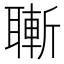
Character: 𦗝